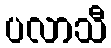
ပလာသီ